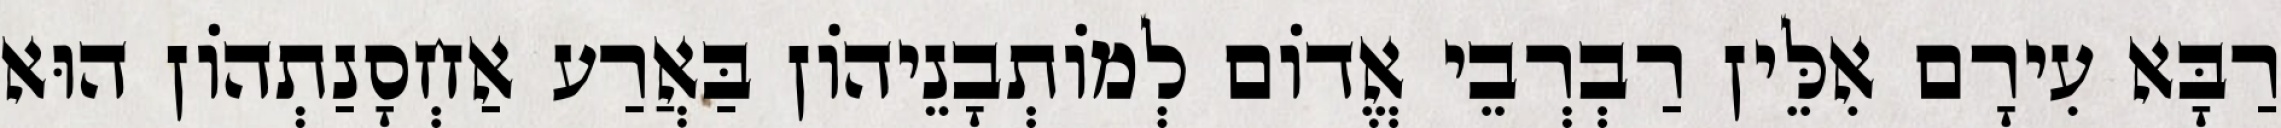
רַבָּא עִירָם אִלֵּין רַבְרְבֵי אֱדוֹם לְמוֹתְבָנֵיהוֹן בַּאֲרַע אַחְסָנַתְהוֹן הוּא